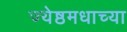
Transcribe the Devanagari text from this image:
ज्येष्ठमधाच्या